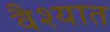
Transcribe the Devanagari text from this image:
वैश्यात